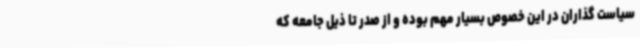
سیاست گذاران در این خصوص بسیار مهم بوده و از صدر تا ذیل جامعه که